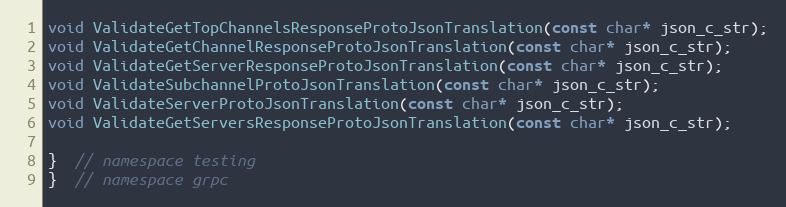
Language: C
void ValidateGetTopChannelsResponseProtoJsonTranslation(const char* json_c_str);
void ValidateGetChannelResponseProtoJsonTranslation(const char* json_c_str);
void ValidateGetServerResponseProtoJsonTranslation(const char* json_c_str);
void ValidateSubchannelProtoJsonTranslation(const char* json_c_str);
void ValidateServerProtoJsonTranslation(const char* json_c_str);
void ValidateGetServersResponseProtoJsonTranslation(const char* json_c_str);

}  // namespace testing
}  // namespace grpc